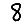
Digit: 8